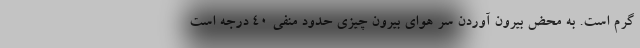
گرم است. به محض بیرون آوردن سر هوای بیرون چیزی حدود منفی ۴۰ درجه است